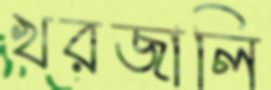
খরজালি